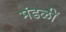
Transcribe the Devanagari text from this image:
मंडळीं